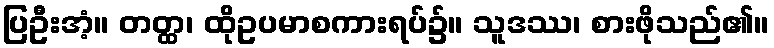
ပြဦးအံ့။ တတ္ထ၊ ထိုဥပမာစကားရပ်၌။ သူဒဿ၊ စားဖိုသည်၏။